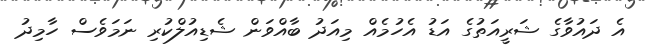
އެ ދައުވާގެ ޝަރީއަތުގެ އަޑު އެހުމެއް މިއަދު ބާއްވަން ޝެޑިއުލްކުރި ނަމަވެސް ހާމިދު